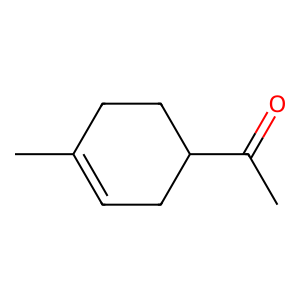
SMILES: CC(=O)C1CC=C(C)CC1
Inhibits HIV replication: No